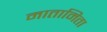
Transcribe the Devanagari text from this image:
मातामिता